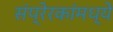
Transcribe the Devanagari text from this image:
संप्रेरकांमध्ये